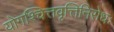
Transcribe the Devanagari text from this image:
योगश्चित्तवृत्तिनिरोधः